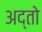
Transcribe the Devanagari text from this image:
अद्तो